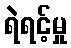
ရဲရင့်မှု